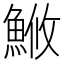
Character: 䱔